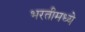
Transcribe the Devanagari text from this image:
भरतीमध्ये